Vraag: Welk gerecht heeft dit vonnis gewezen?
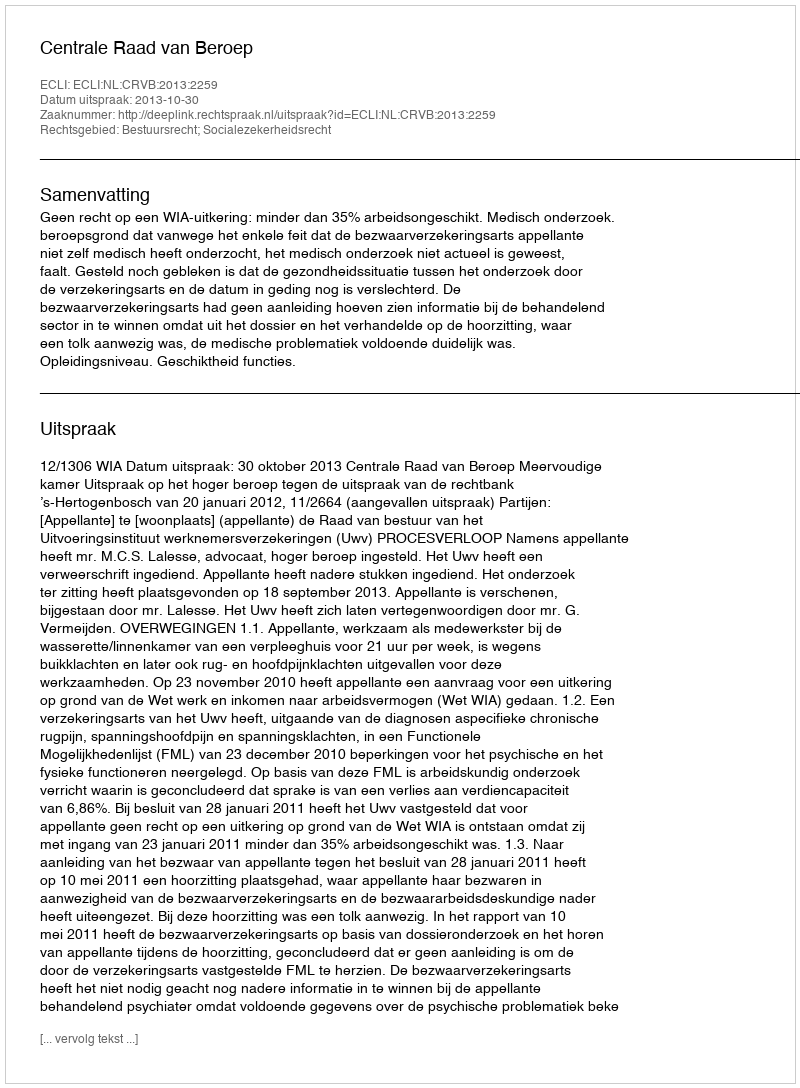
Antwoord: Centrale Raad van Beroep